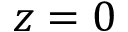
z = 0